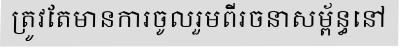
ត្រូវតែមានការចូលរួមពីរចនាសម្ព័ន្ធនៅ